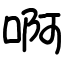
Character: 啊